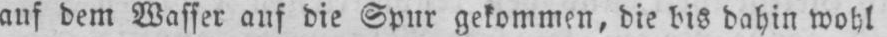
auf dem Wasser auf die Spur gekommen, die bis dahin wohl